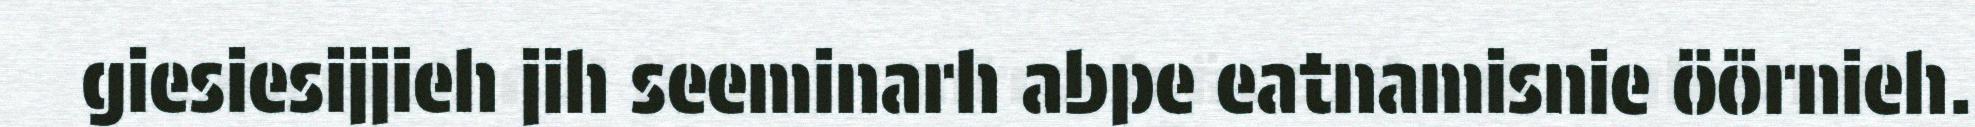
giesiesijjieh jih seeminarh abpe eatnamisnie öörnieh.